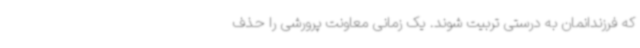
که فرزندانمان به درستی تربیت شوند. یک زمانی معاونت پرورشی را حذف